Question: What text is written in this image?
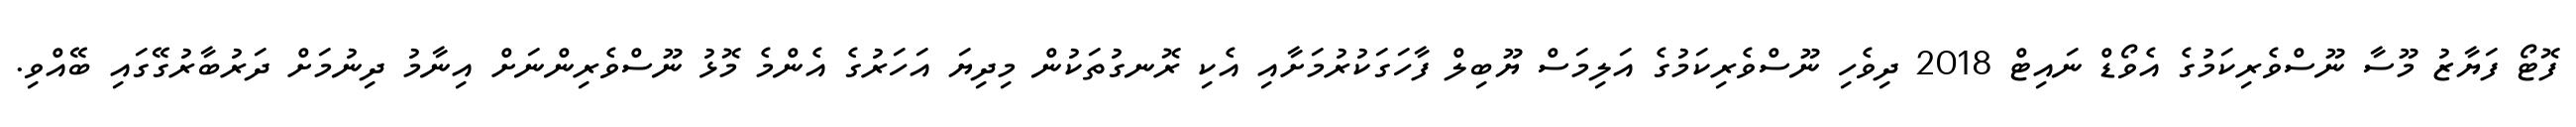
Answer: ފޮޓޯ ފަޔާޒު މޫސާ ނޫސްވެރިކަމުގެ އެވޯޑް ނައިޓް 2018 ދިވެހި ނޫސްވެރިކަމުގެ އަލިމަސް ޔޫބިލް ފާހަގަކުރުމަށާއި އެކި ރޮނގުތަކުން މިދިޔަ އަހަރުގެ އެންމެ މޮޅު ނޫސްވެރިންނަށް އިނާމު ދިނުމަށް ދަރުބާރުގޭގައި ބޭއްވި.